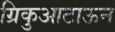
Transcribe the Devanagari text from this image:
ग्रिकुआटाऊन